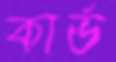
কার্ভ